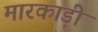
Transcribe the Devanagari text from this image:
मारकाड़ी